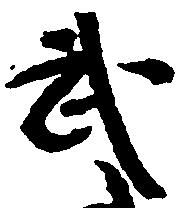
武